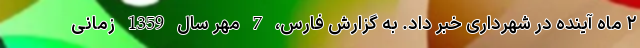
۲ ماه آینده در شهرداری خبر داد. به گزارش فارس، 7 مهر سال 1359 زمانی